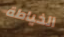
الخياطة